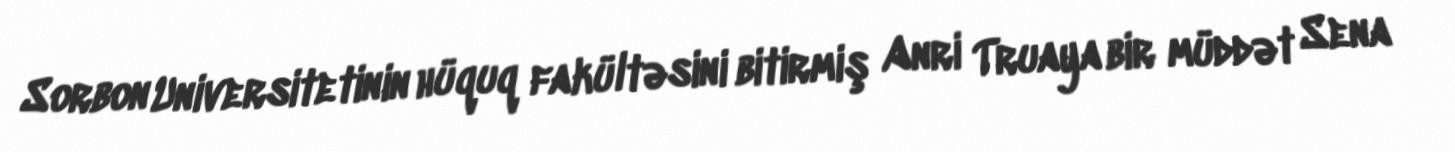
Sorbon Universitetinin hüquq fakültəsini bitirmiş Anri Truaya bir müddət Sena